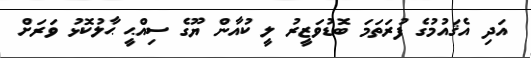
އަދި އެޤައުމުގެ ފުރަތަމަ ބޮޑުވަޒީރު ލީ ކުއާން ޔޫގެ ސިއްޙީ ޙާލުކޮޅު ވަރަށް